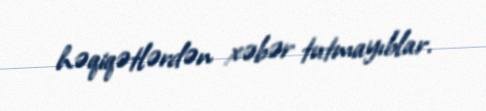
həqiqətlərdən xəbər tutmayıblar.